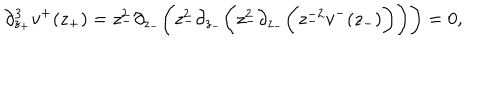
\partial _ { z _ { + } } ^ { 3 } v ^ { + } ( z _ { + } ) = z _ { - } ^ { 2 } \partial _ { z _ { - } } \bigg ( z _ { - } ^ { 2 } \partial _ { z _ { - } } \bigg ( z _ { - } ^ { 2 } \partial _ { z _ { - } } \bigg ( z _ { - } ^ { - 2 } v ^ { - } ( z _ { - } ) \bigg ) \bigg ) \bigg ) = 0 ,